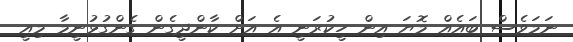
ނަމަވެސް ބައެއް މޮޔަ އިން ހީކުރަނީ އެ އަށް ކާންދީގެން ގެންގުޅުނީމާ މިއީ